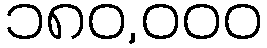
၁၈၀,၀၀၀